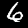
Label: 6